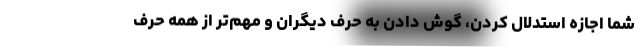
شما اجازه استدلال کردن، گوش دادن به حرف دیگران و مهم‌تر از همه حرف